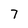
Character: 7